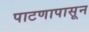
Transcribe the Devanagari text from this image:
पाटणापासून